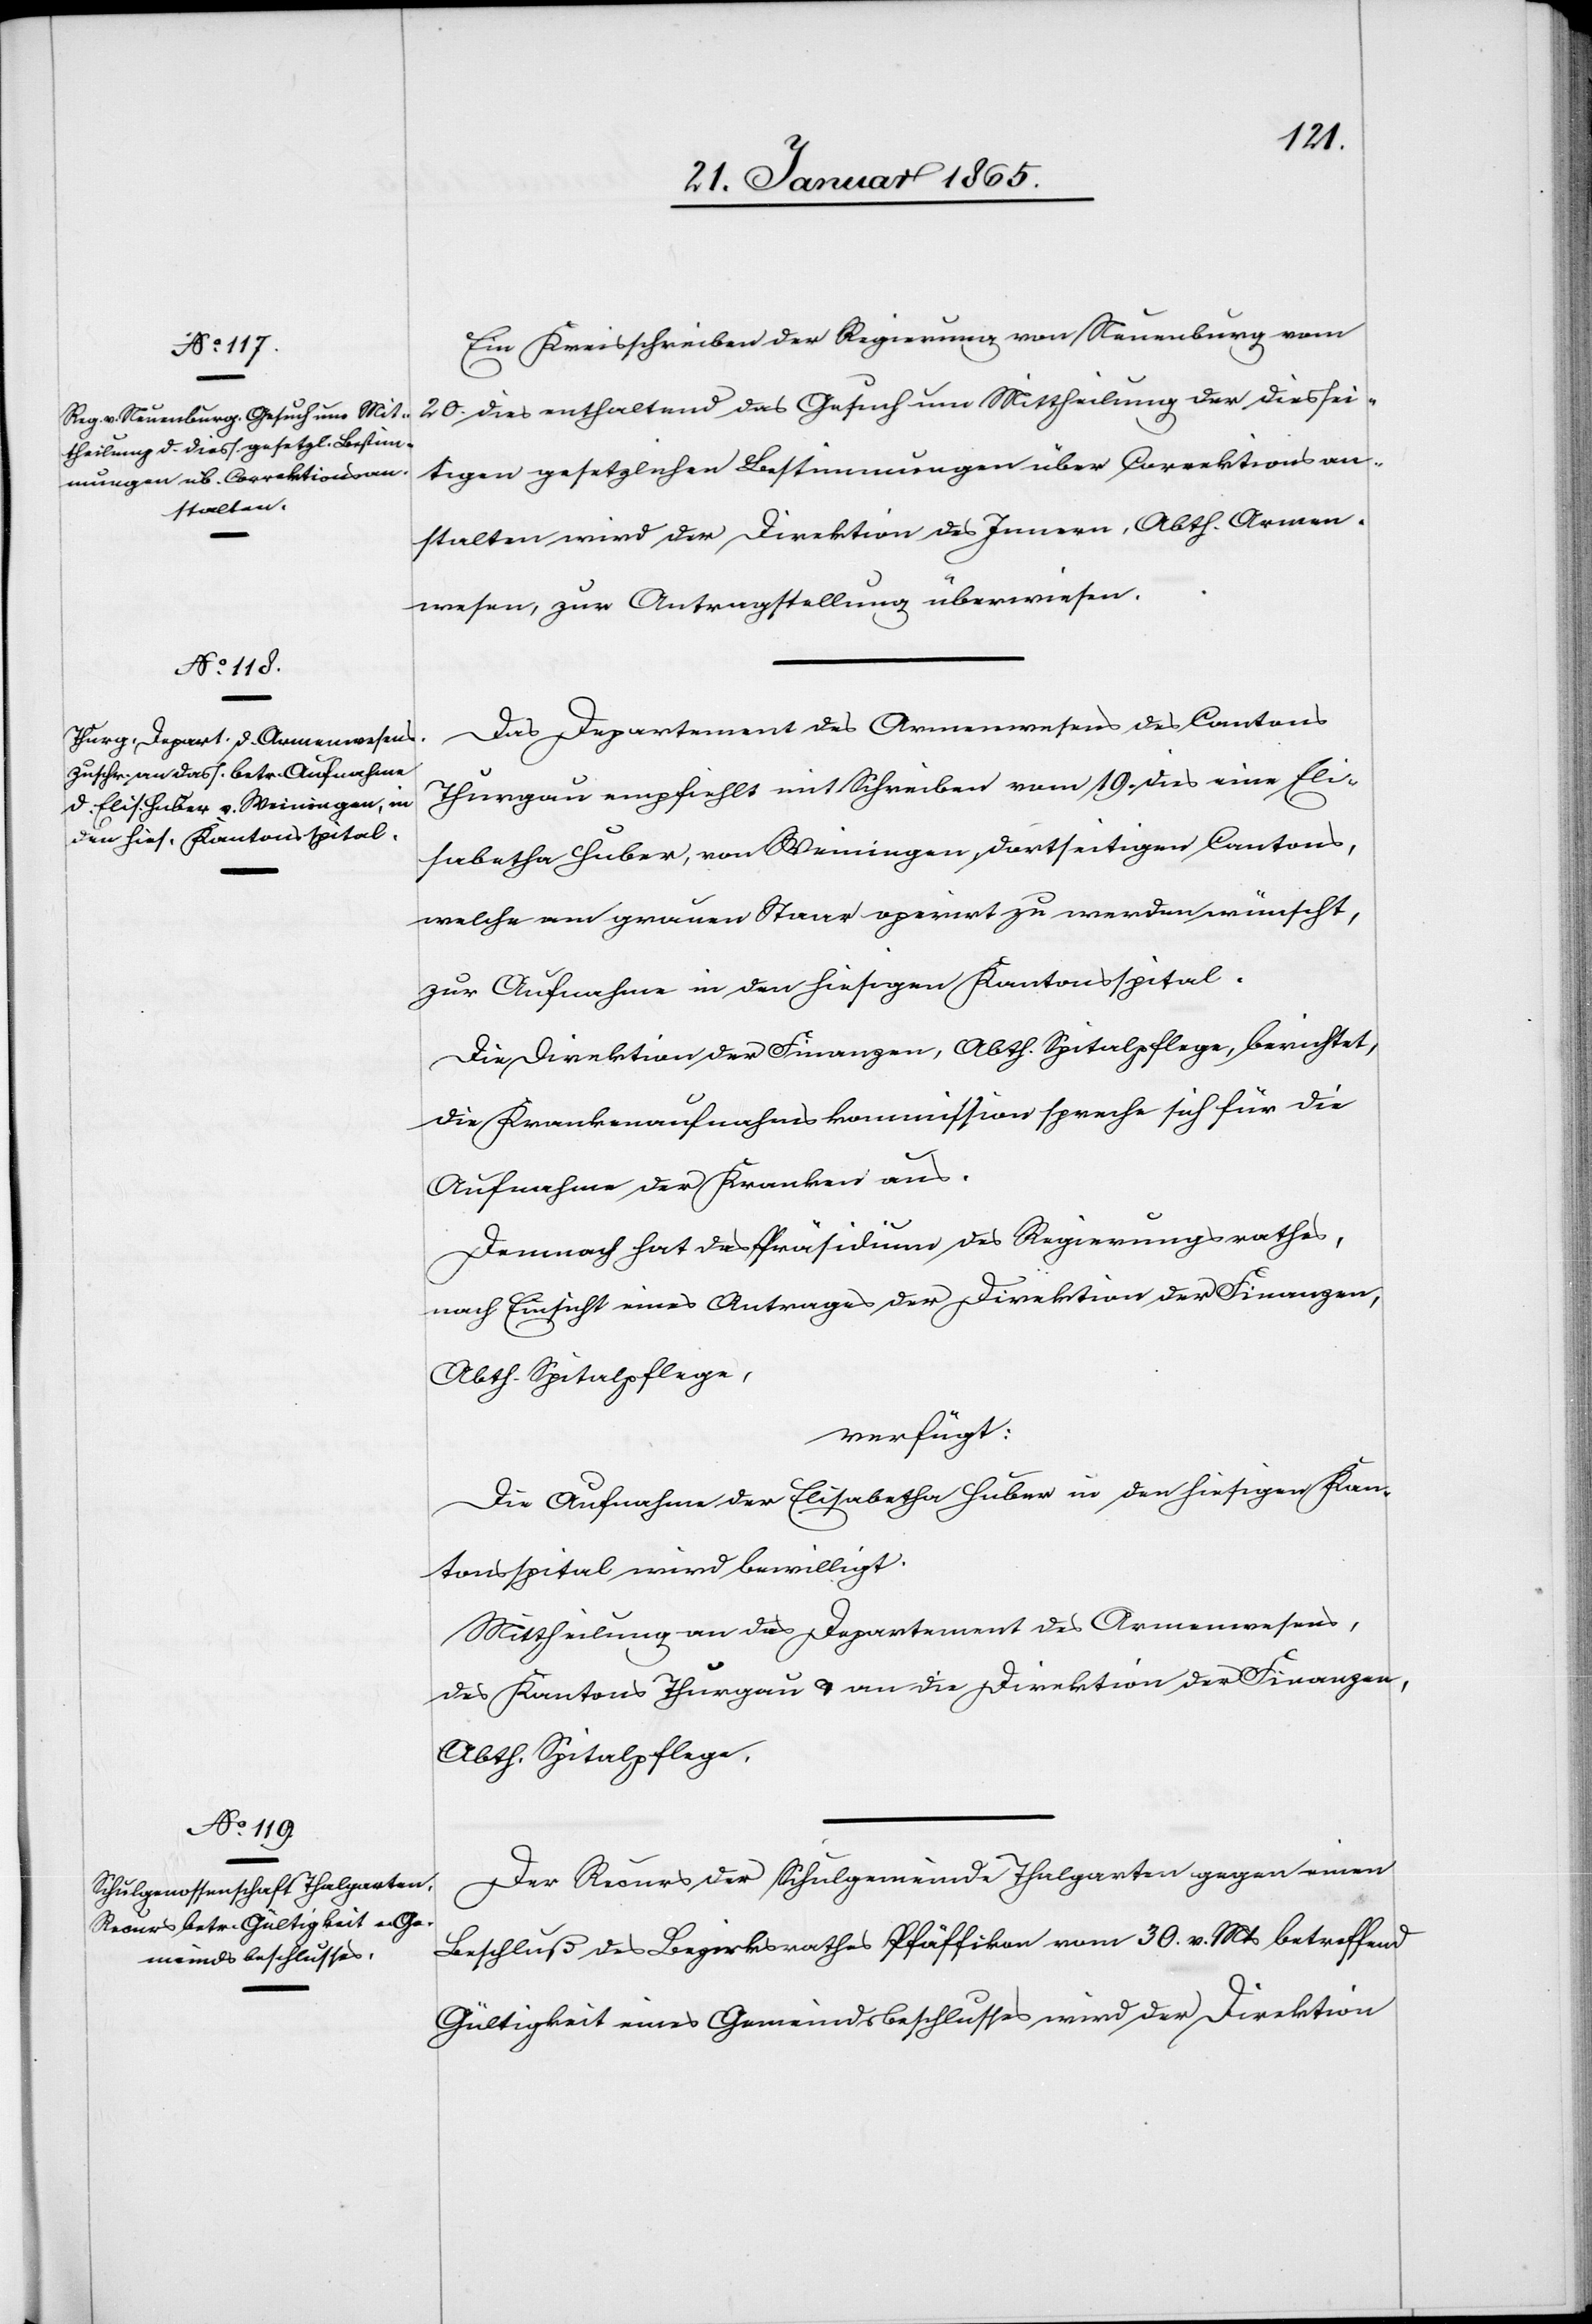
24. Januar 1865.]
Ein Kreisschreiben der Regierung von Neuenburg vom
20. dies enthaltend das Gesuch um Mittheilung der diessei¬
tigen gesetzlichen Bestimmungen über Correktionsan¬
stalten wird der Direktion des Innern, Abth. Armen¬
wesen, zur Antragstellung überwiesen.
Das Departement des Armenwesens des Cantons
Thurgau empfiehlt mit Schreiben vom 19. dies eine Eli¬
sabetha Huber, von Weiningen, dortseitigen Cantons,
welche am grauen Staar operirt zu werden wünscht,
zur Aufnahme in den hiesigen Kantonsspital.
Die Direktion der Finanzen, Abth. Spitalpflege, berichtet,
die Krankenaufnahmskommission spreche sich für die
Aufnahme der Kranken aus.
Demnach hat das Präsidium des Regierungsrathes,
nach Einsicht eines Antrages der Direktion der Finanzen,
Abth. Spitalpfelge.
verfügt:
Die Aufnahme der Elisabetha Huber in den hiesigen Kan¬
tonsspital wird bewilligt.
Mittheilung an das Departement des Armenwesens,
des Kantons Thurgau u. an die Direktion der Finanzen,
Abth. Spitalpflege.
Der Recurs der Schulgemeinde Thalgarten gegen einen
Beschluß des Bezirksrathes Pfäffikon vom 30. v. Mts betreffend
Gültigkeit eines Gemeindsbeschlusses wird der Direktion